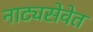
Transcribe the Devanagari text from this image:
नाट्यसेवेत